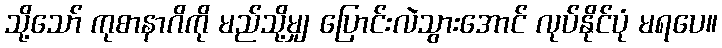
သို့သော် ကုစာနာဂိကို မည်သို့မျှ ပြောင်းလဲသွားအောင် လုပ်နိုင်ပုံ မရပေ။